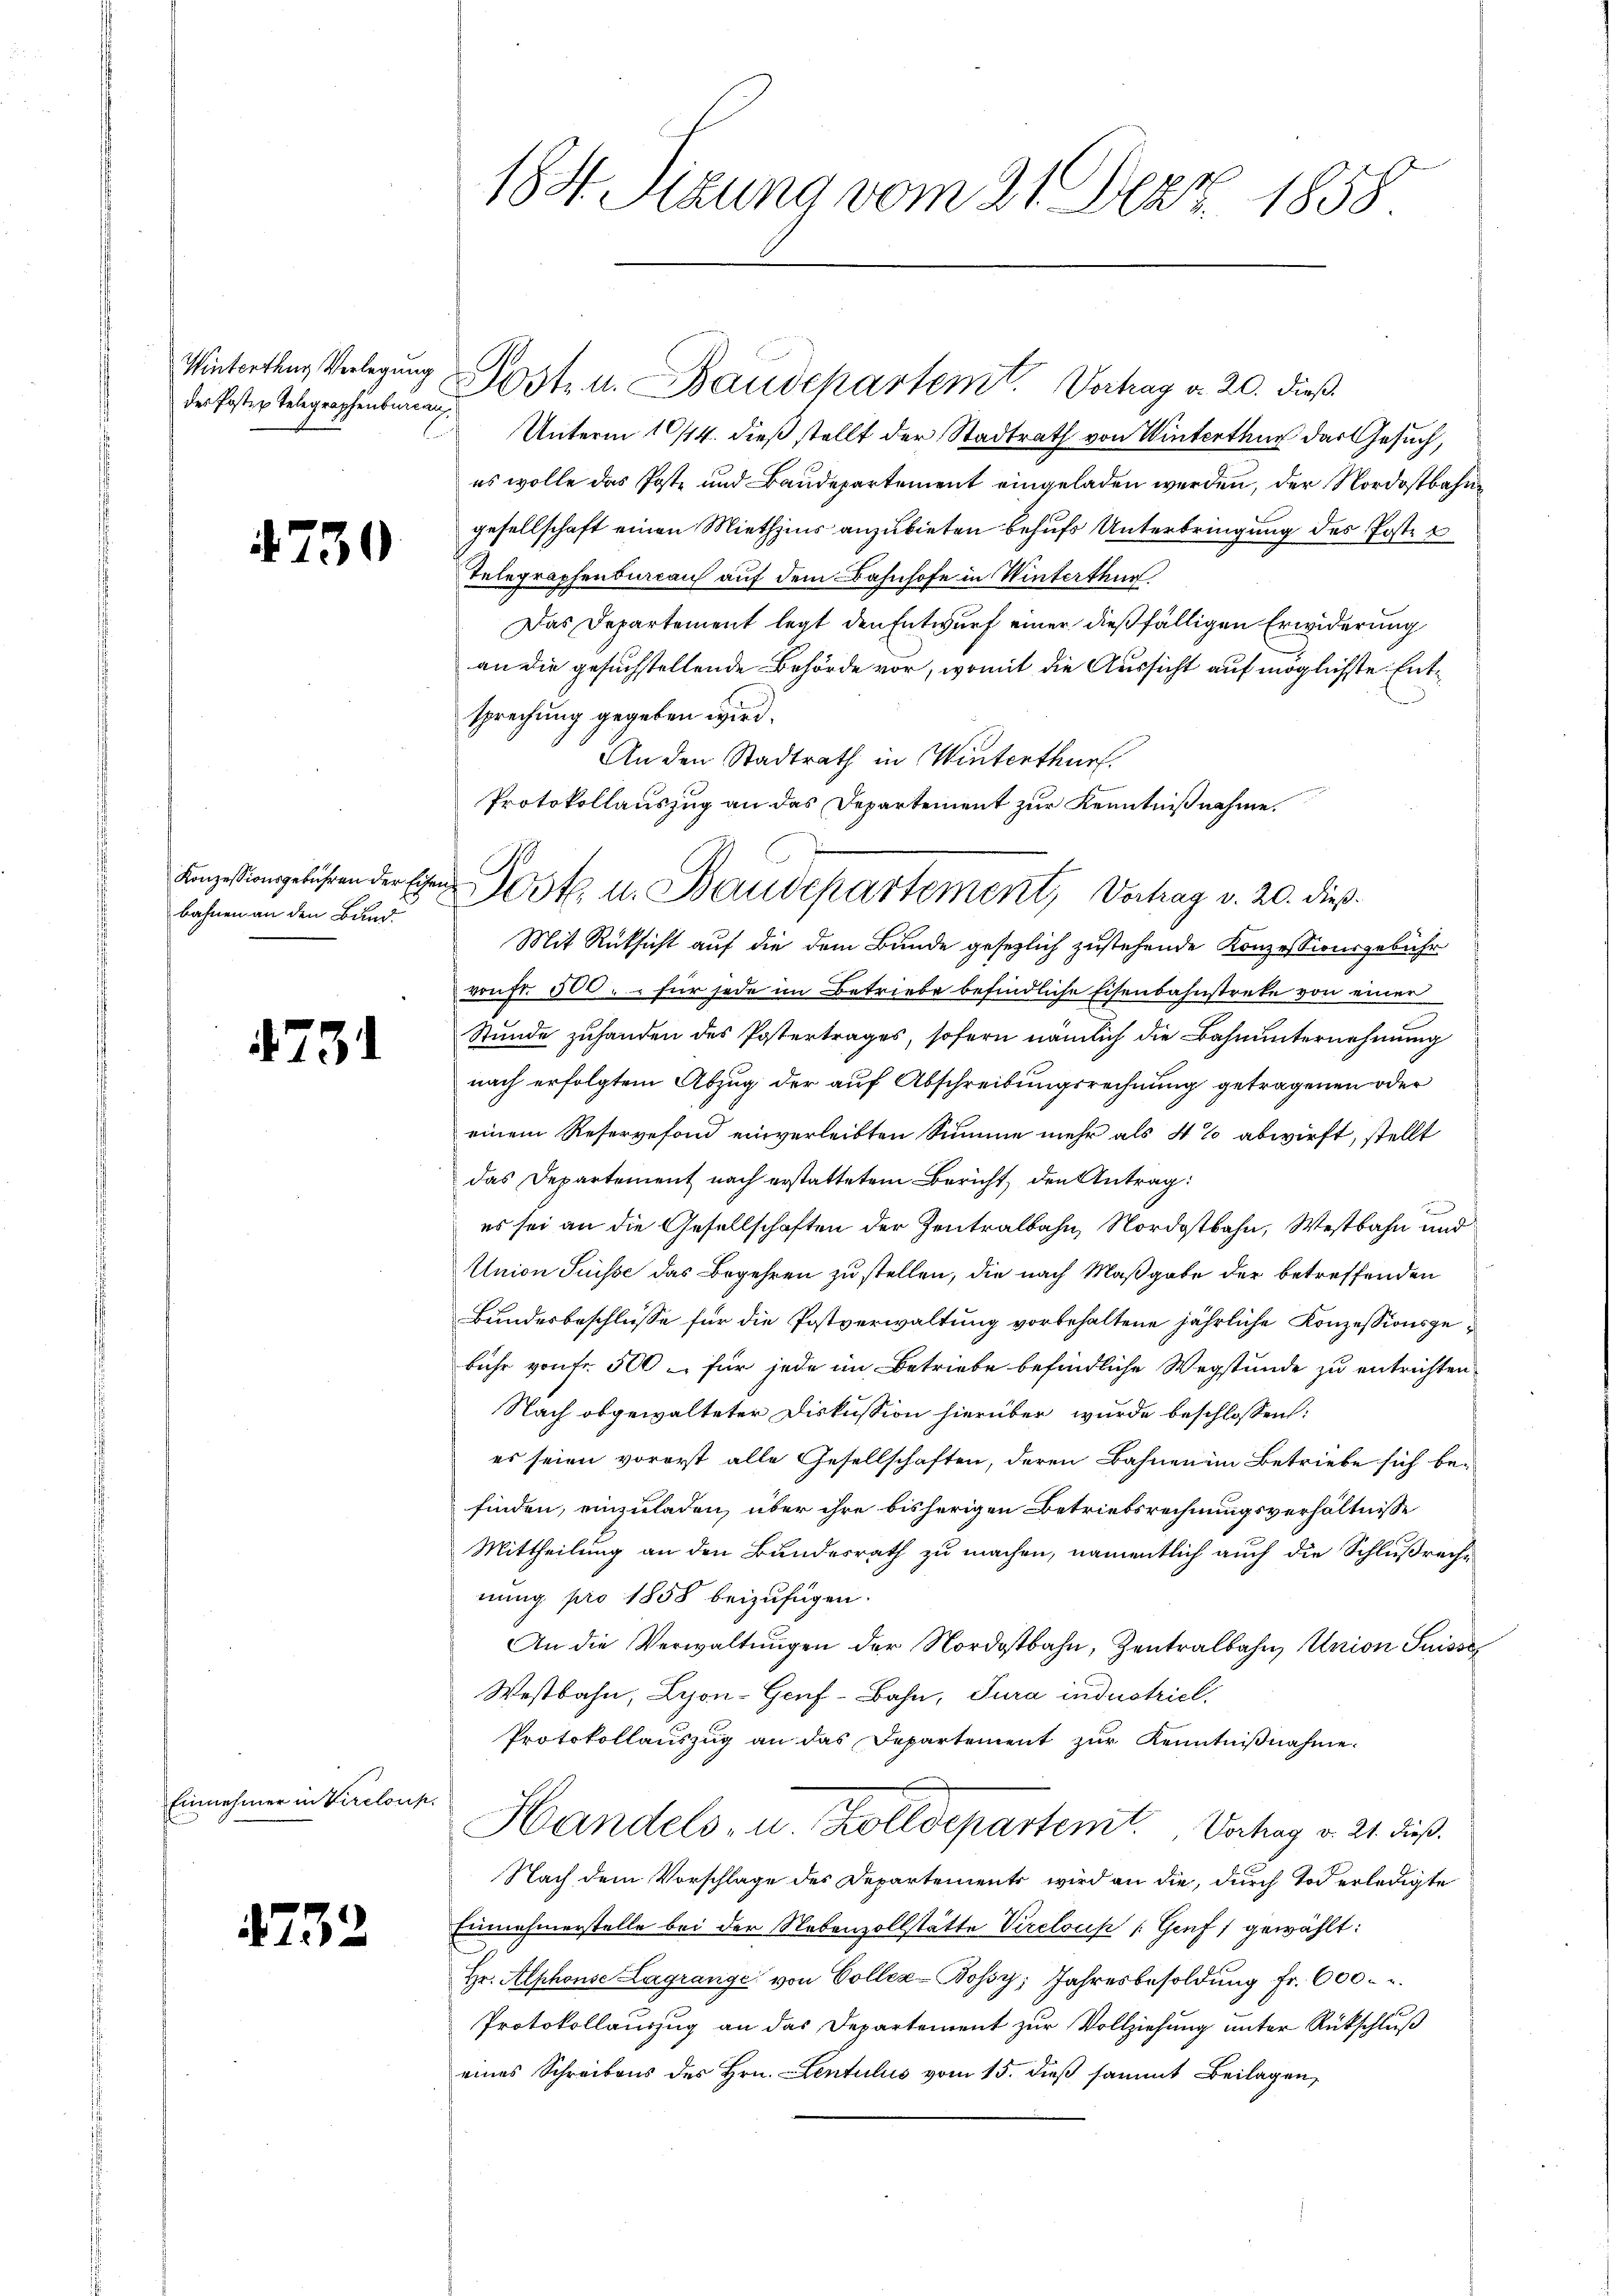
Winterthur Verlegung
des Poster Telegraphenbergan,

4730

Konzessionsgebühren der Eisenbahnen an den Bund.

731

Einnehmer in Vircloup

732

184. Sizung vom 21. Dez. 1858

Unterm 10/14. dieß stellt der Stadtrath von Winterthur der Gesuch,
es wolle das Poste und Baudepartement eingeladen werden, der Nordostbahngesellschaft einen Miethzins anzubieten behufs Unterbringung des Posten
Telegraphenbureau auf dem Bahnhofe in Winterthur.
Das Departement legt den Entwurf einer dießfälligen Erwiderung
an die gesuchstellende Behörde vor, womit die Aussicht auf möglichste Entsprechung gegeben wird.
An den Stadtrath in Winterthurf
Protokollauszug an das Departement zur Kenntniß nahme.
Mit Rüksicht auf die dem Bunde gesezlich zustehende Konzessionsgebühr
vonfr. 500 " " für jede im Betriebe befindliche Eisenbahnstreke von einer
Stunde zuhanden des Postertrages, sofern nämlich die Bahnunternehmung
nach erfolgtem Abzug der auf Abschreibungsrechnung getragenen oder
einem Reservefond einverleibten Summe mehr als 4% abwirft, stellt
das Departement nach erstattetem Bericht, den Antrag:
e
es sei an die Gesellschaften der Zentralbahn, Nordostbahn, Westbahn und
Union Suisse das Begehren zu stellen, die nach Maßgabe der betreffenden
Bundesbeschlüsse für die Postverwaltung vorbehaltene jährliche Konzessionsgebühr von fr. 500 – für jede im Betriebe befindliche Wegstunde zu entrichten
Nach obgewalteter Diskussion hierüber wurde beschlossen:
es seien vorerst alle Gesellschaften, deren Bahnen im Betriebe sich be-
finden, einzuladen, über ihre bisherigen Betriebsrechnungsverhältnisse
Mittheilung an den Bundesrath zu machen, namentlich auch die Schlußreche
nung pro 1858 beizufügen.
An die Verwaltŭngen der Nordostbahn, Zentralbahn, Union Suisse
Westbahn, Lyon-Geuf-Bahn, Jura industriel
Protokollauszug an das Departement zur Kenntnißnahme.
Handels, u. alldepartemt. Vortrag d. 21. dieß
Nach dem Vorschlage des Departements wird an die, durch Tod erledigte
Einnahmerstelle bei der Nebenzollstätte Vireloup (Genf gewählt:
Hr. Alphonse Lagrange von Collea-Bossy; Jahresbesoldung fr. 600.
Protokollauszug an das Departement zur Vollziehung unter Rückschluß
eines Schreibens des Hrn. Lentilus vom 15. dieβ sammt Beilagen,

Poste. u. Baudepartement, Vortrag v. 20. dieß.

Post u. Baudepartemt. Vortrag d. 20. dieß